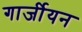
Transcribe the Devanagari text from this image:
गार्जीयन